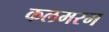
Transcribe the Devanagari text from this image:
कलमरम